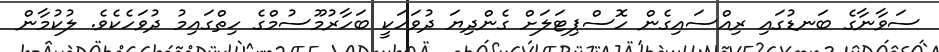
ސަވާނާގެ ބަނޑުގައި ރިއްސައިގެން ހޮސްޕިޓަލަށް ގެންދިޔަ ދުވަހަކީ ބަހާރުމޫސުމްގެ ހިތްގައިމު ދުވަހެކެވެ. ލުކުމާން